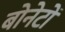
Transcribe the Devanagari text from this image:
बोनेटों